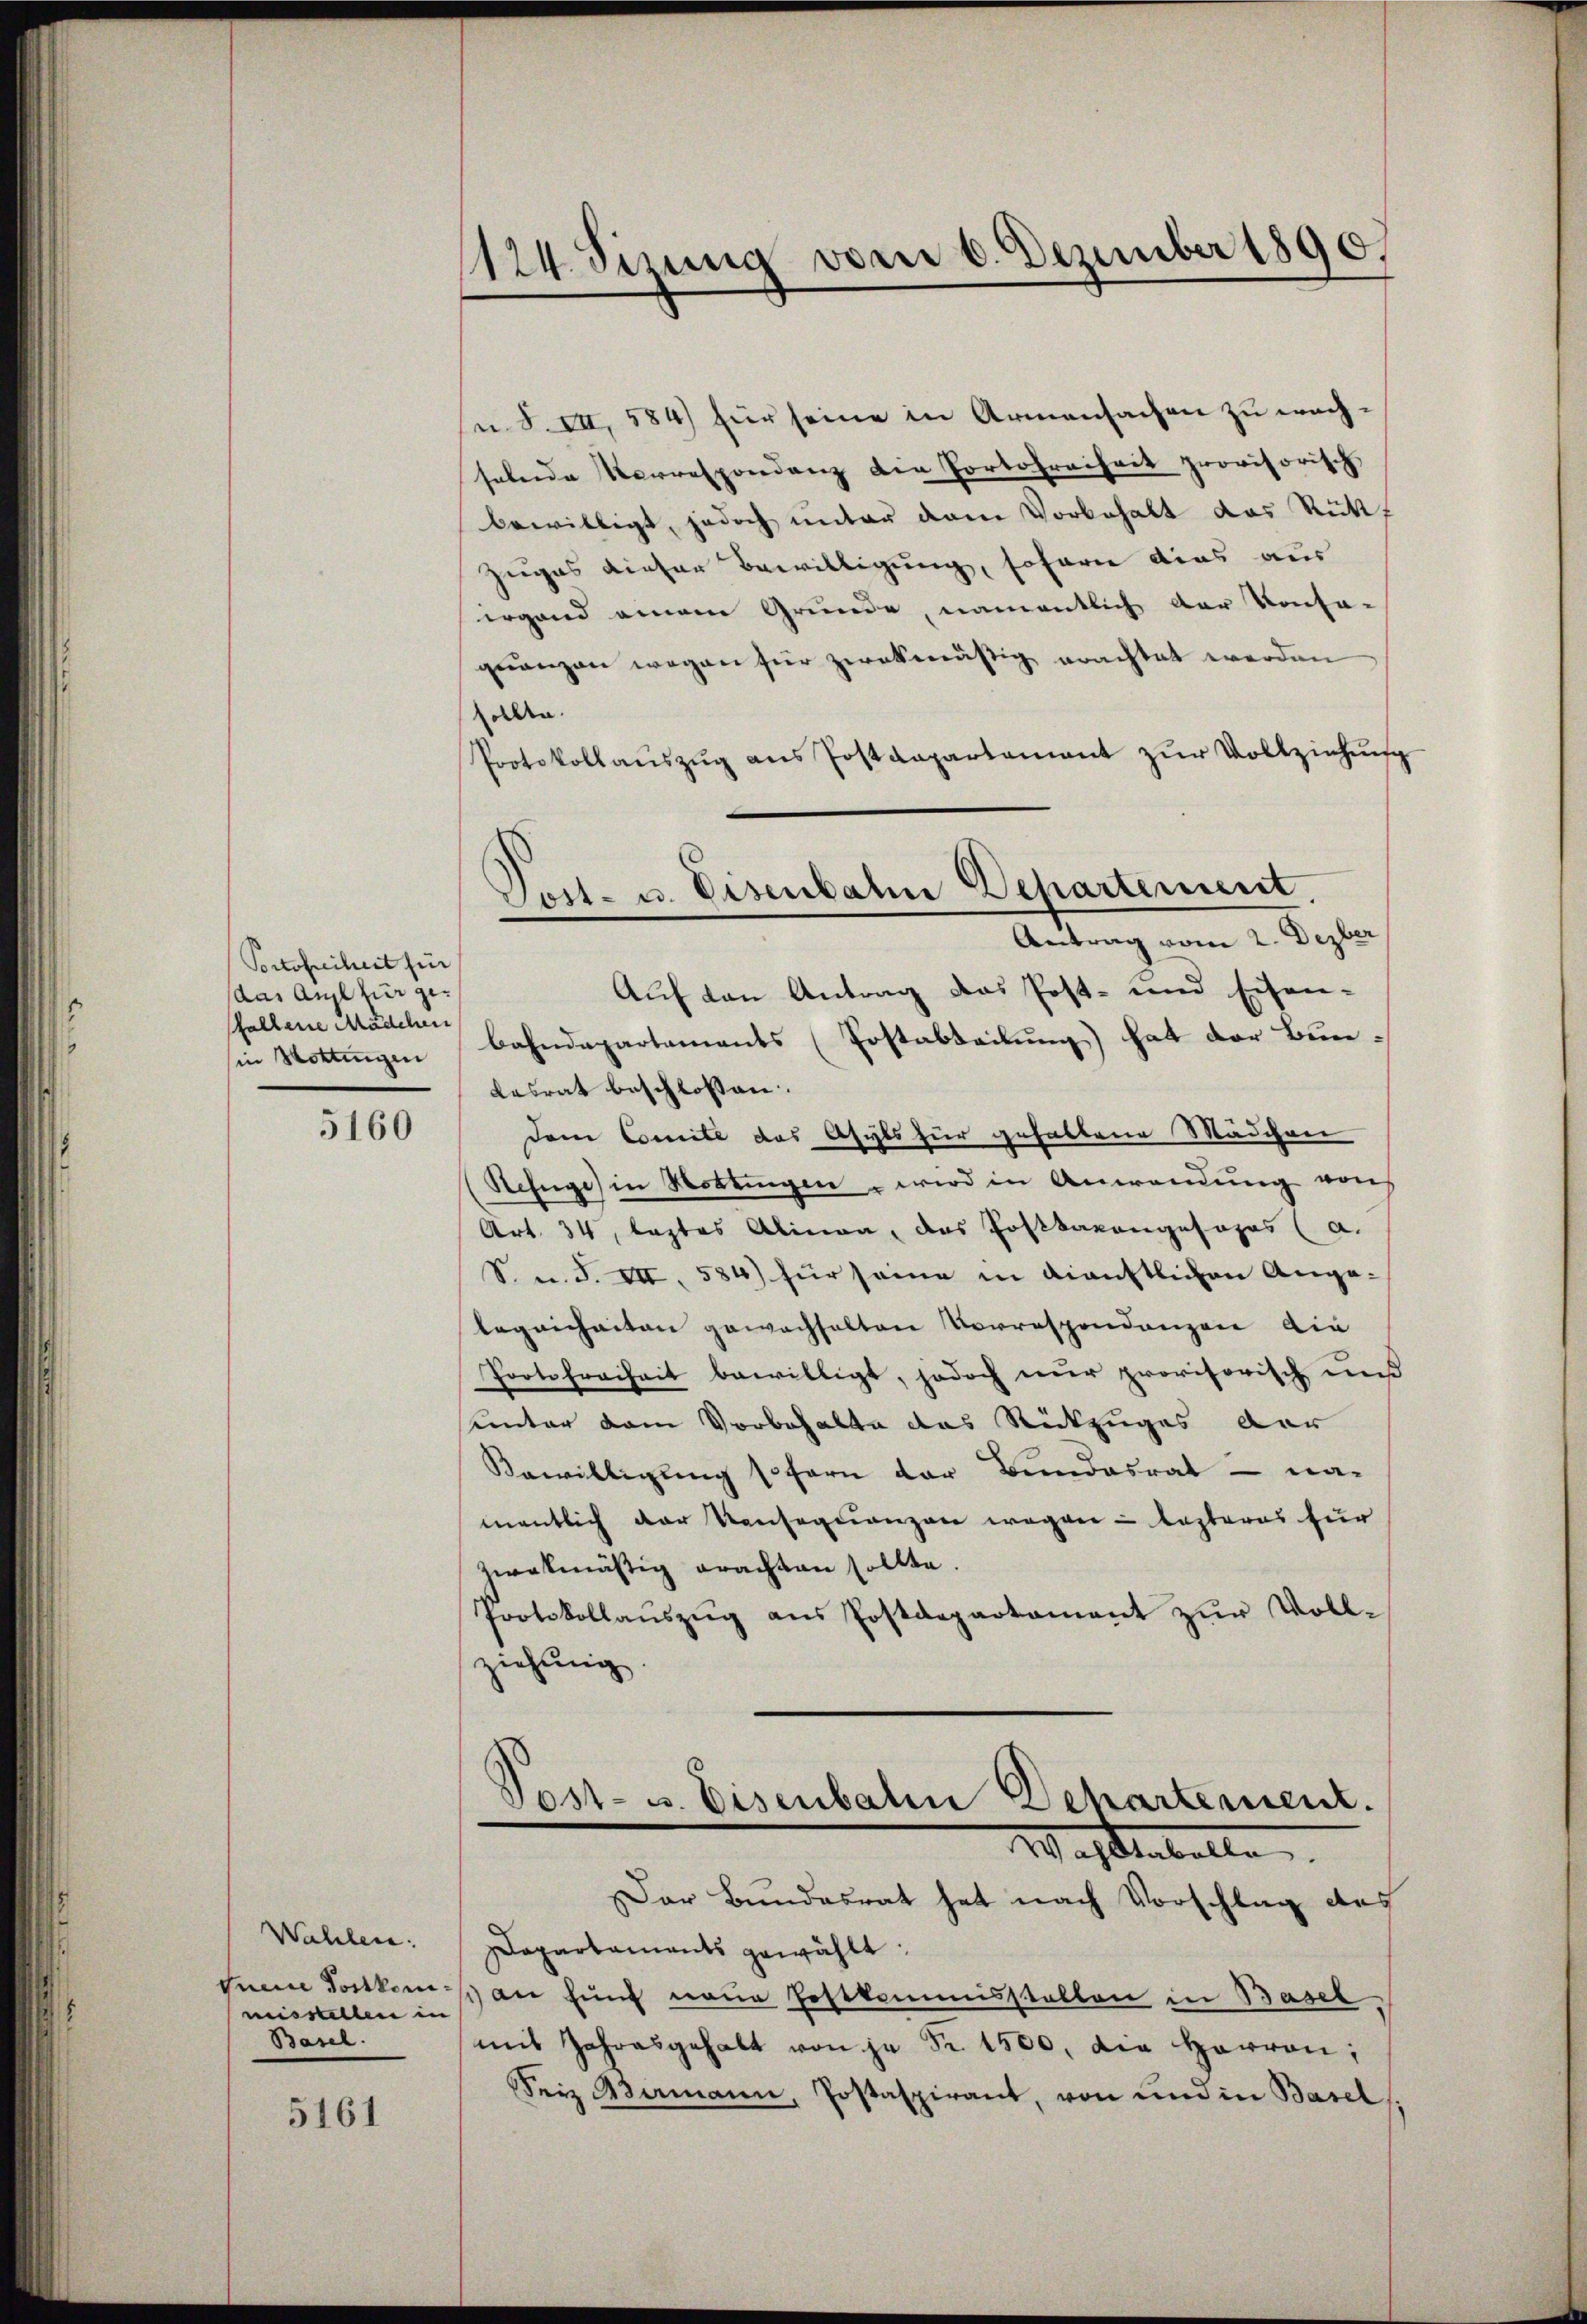
Portofreiheit für
das Auge für gefallene Mädchen
in Hottingen

5160

Wahlen.
misstellen in
Basel.

5161

124. Sizung vom 6. Dezember 1890.

n S. III, 584 für seine in Armensachen zu wachselnde Verrespondenz die Portofreiheit provisorisch,
bewilligt, jedoch unter dem Vorbehalt das Rückf
Zuges dieser Bewilligung, sofern dies aus
irgend einem Grunde, namentlich der Konfa-
quenzen wegen für zwekmäßig erachtet werden
sallen.
Protokollaŭszŭg ans Postdepartament zŭr Vollziehŭng
Auf den Antrag das Post- und Eisen-
bahndepartements (Postabteilung) hat der Bun¬
Kasrat beschlossen.
dem Comite das Asyls für gehaltene Mädchen
Refnge) in Mottingen wird in Anwendung von
Art. 34, lastes Alinea, das Postkavangesages (a.
S. n. F. VII, 584) für seine in dienstlichen Angelegenheiten gewachhalten Vorrespondangen die
Porte Freiheit bewilligt, jedoch nur provisorisch und
sunter dem Vorbehalte das Rückzuges dar
Bewilligung sofern der Bundesrat – na-
mentlich der Konsequenzen wegen - lezteres für
zwekmäßig erachten sollte.
Protokollanszŭg ans Postdepartament zŭr Voll-
ziehung.
Post- u. Eisenbahn Dchartement.
Wasenballe
Der Bundesrat hat nach Vorschlag des
Dapartaments gewählt:
Jene Fortkoms an fünf neue Postkommisstellen in Basel
mit Jahresgehalt von je Fr. 1500, die Herren;
Seiz Aermann, Postaspirant, von ŭm in Basels

Post- u. Eisenbahne Departement,
Antrag vom 2. Dezber